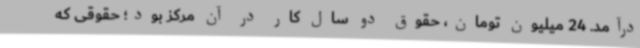
درآمد. 24‌ میلیون تومان، حقوق دو سال کار در آن مرکز بود؛ حقوقی که